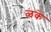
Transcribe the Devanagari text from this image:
ळके